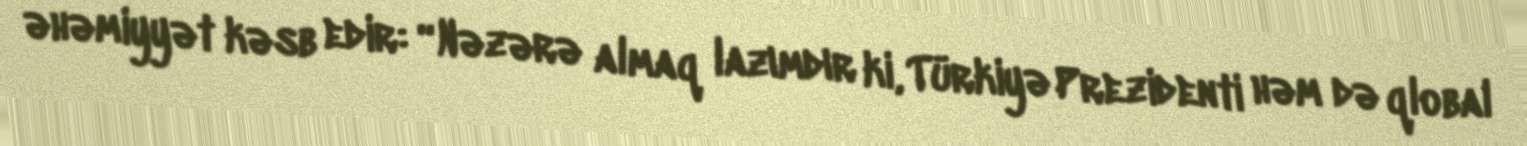
əhəmiyyət kəsb edir: “Nəzərə almaq lazımdır ki, Türkiyə Prezidenti həm də qlobal